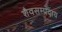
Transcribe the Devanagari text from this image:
शैवसम्प्रदाय